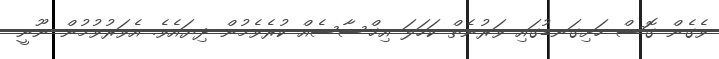
ވެގެން ގޮސް ހަށިގަނޑުގައި ވަރުނެތް ކަހަލަ އިޚްސާސެއް ކުރެވެމުން ދިޔައެވެ. އެވަރުވުމުން ނޫނީ